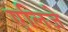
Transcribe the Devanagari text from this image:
एलिजे